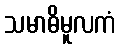
သမာဓိမူလကံ